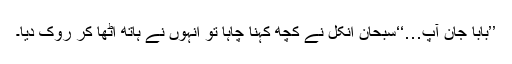
’’بابا جان آؑپ…‘‘سبحان انکل نے کچھ کہنا چاہا تو انہوں نے ہاتھ اٹھا کر روک دیا۔